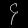
Digit: ၄